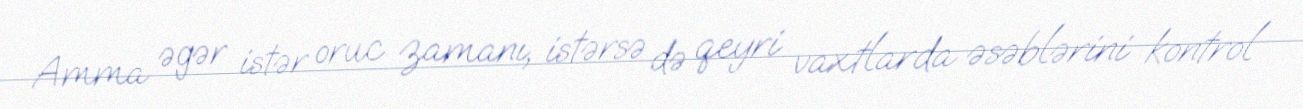
Amma əgər istər oruc zamanı, istərsə də qeyri vaxtlarda əsəblərini kontrol